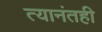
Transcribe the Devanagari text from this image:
त्यानंतही